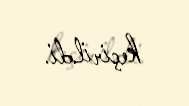
keçirildi.